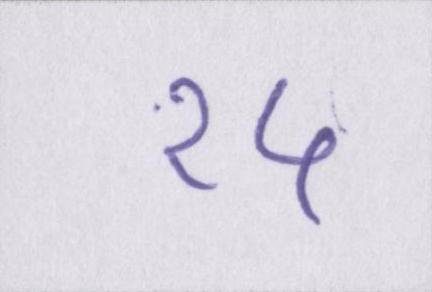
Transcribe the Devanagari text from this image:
१५